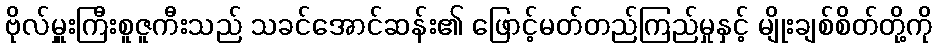
ဗိုလ်မှူးကြီးစူဇူကီးသည် သခင်အောင်ဆန်း၏ ဖြောင့်မတ်တည်ကြည်မှုနှင့် မျိုးချစ်စိတ်တို့ကို